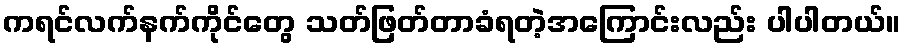
ကရင်လက်နက်ကိုင်တွေ သတ်ဖြတ်တာခံရတဲ့အကြောင်းလည်း ပါပါတယ်။